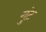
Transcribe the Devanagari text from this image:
गुंट